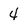
Character: 4